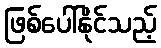
ဖြစ်ပေါ်နိုင်သည့်